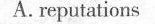
A. reputations